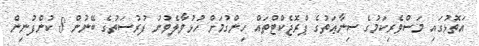
އަތޮޅުގައި މަސްވެރިކަމުގެ ސިނާޢަތުގެ ޕްރޮޖެކްޓްތައް ހިންގުމަށް ހުޅުވާލެވުނު ފުރުޞަތުގެ ބޭނުން 8 ކުންފުނިން